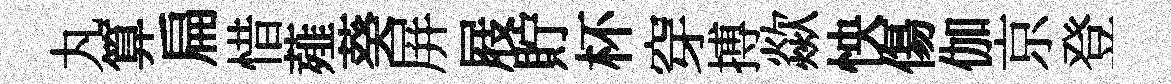
丸算扁惜薤葵屏屐貯杯穿搏歘怏傷伽京登